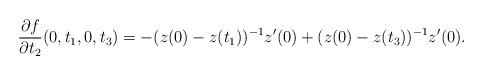
LaTeX: \begin{align*}\frac{\partial f}{\partial t_2}(0,t_1,0,t_3)=-(z(0)-z(t_1))^{-1}z'(0)+(z(0)-z(t_3))^{-1}z'(0).\end{align*}